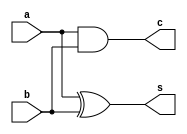
`timescale 1ns / 1ps
module halfadder(a,b,s,c);
input a,b;
output s,c;
xor U1(s,a,b);
and U2(c,a,b);
endmodule